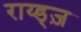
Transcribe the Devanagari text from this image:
राय्ड्ज़